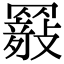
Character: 𦌤